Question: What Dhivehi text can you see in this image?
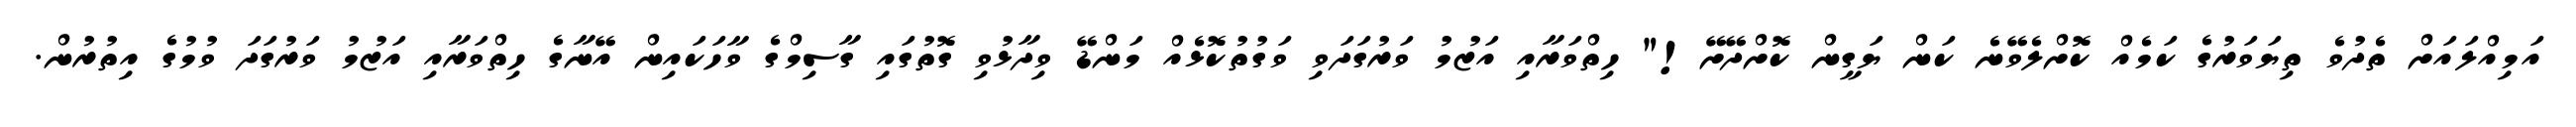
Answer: އަމިއްލައަށް ތެދުވެ ތިޔަވަރުގެ ކަމެއް ކޮށްލެވޭނެ ކަން ޔަގީން ކޮށްދޭށޭ!" ހިތްވަރާއި އަޒުމު ވަރުގަދަވި ވަގުތުކޮޅެއް މަންޑޭ ވިދާޅުވި ގޮތުގައި ގާސިމްގެ ވާހަކައިން އޭނާގެ ހިތްވަރާއި އަޒުމު ވަރުގަދަ ވުމުގެ އިތުރުން.